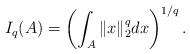
LaTeX: \begin{align*}I_q(A)=\left (\int_A\| x\|_2^qdx\right )^{1/q}.\end{align*}